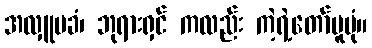
အလှူမခံ၊ ဘုရားရှင် ကလည်း ကဲ့ရဲ့တော်မူပုံ။